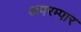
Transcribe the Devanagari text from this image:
अपरम्पार